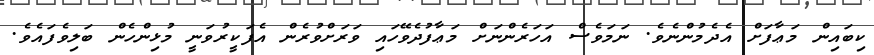
ކިބައިން މަޢާފަށް އެދެމުންނެވެ. ނަމަވެސް އަހަރެންނަށް މަޢާފުދެވޭހައި ވަރަށްވުރެން އެފަކީރުވަނީ މުޅިންހެން ބަލިވެފައެވެ.